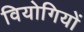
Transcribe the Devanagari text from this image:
वियोगियों